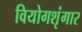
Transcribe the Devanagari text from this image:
वियोगशृंगार